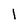
Character: l